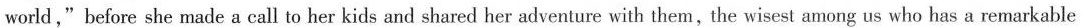
world,"before she made a call to her kids and shared her adventure with them, the wisest among us who has a remarkable